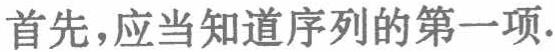
首先，应当知道序列的第一项.